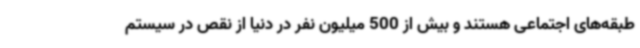
طبقه‌های اجتماعی هستند و بیش از 500 میلیون نفر در دنیا از نقص در سیستم